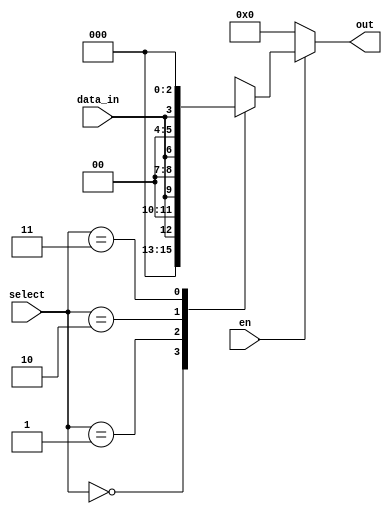
`timescale 1ns / 1ps
//////////////////////////////////////////////////////////////////////////////////

// ID          : N180116
//Branch       : ECE
//Project Name : RTL design using Verilog
//Design  Name : 1 TO 16 DEMUX
//Module  Name : 1 TO 4 DEMUX MODULE
//RGUKT NUZVID 
//////////////////////////////////////////////////////////////////////////////////


module DEMUX_1x4(en,select,data_in,out);
input en,data_in;
input [1:0]select;
output reg [3:0]out;

always@(en,data_in,select)begin
    if(en)
        case(select)
        2'b00   : out={2'b00,1'b0,data_in};  
        2'b01   : out={2'b00,data_in,1'b0};
        2'b10   : out={1'b0,data_in,2'b00};
        2'b11   : out={data_in,3'b000};
        default : out=4'bxxxx;
    endcase
    else
        out=4'b0000;
end
endmodule